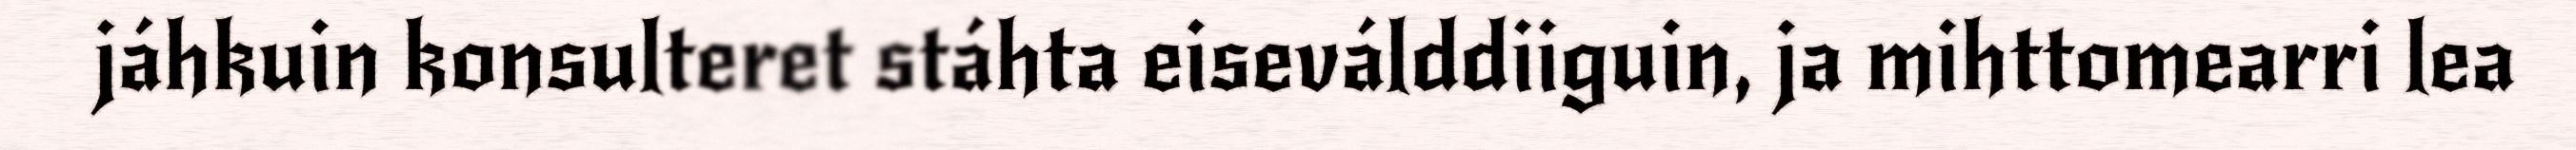
jáhkuin konsulteret stáhta eiseválddiiguin, ja mihttomearri lea